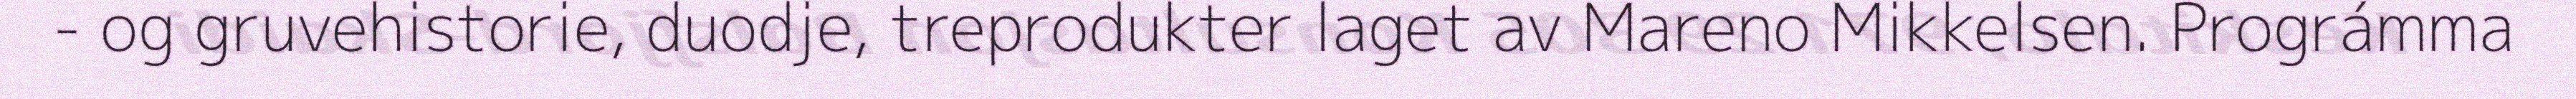
- og gruvehistorie, duodje, treprodukter laget av Mareno Mikkelsen. Prográmma